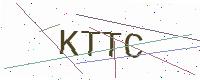
Text: KTTC